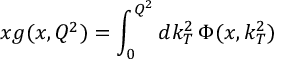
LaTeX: x g ( x , Q ^ { 2 } ) = \int _ { 0 } ^ { Q ^ { 2 } } d k _ { T } ^ { 2 } \, \Phi ( x , k _ { T } ^ { 2 } )